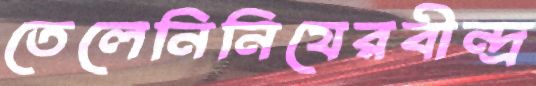
তেলেনিনিযেরবীন্দ্র